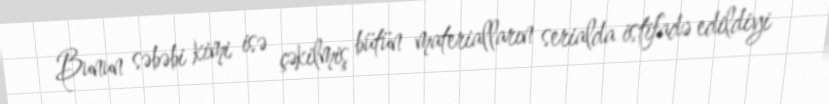
Bunun səbəbi kimi isə çəkilmiş bütün materialların serialda istifadə edildiyi